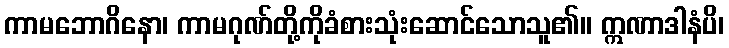
ကာမဘောဂိနော၊ ကာမဂုဏ်တို့ကိုခံစားသုံးဆောင်သောသူ၏။ ဣဏာဒါနံပိ၊